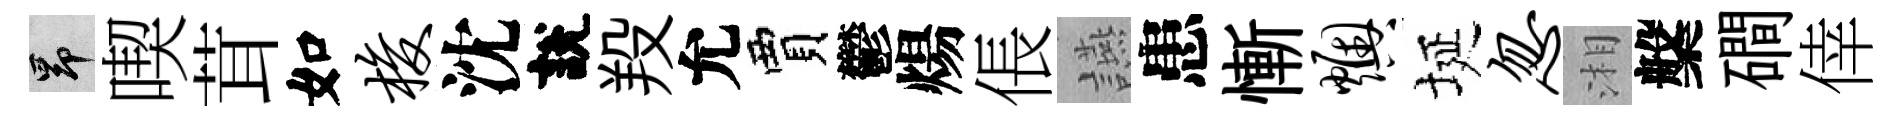
昂喫茸如梭沈說羖允賈鬱煬倀讌患慚燠埏忽湘槃磵倖